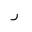
Letter: _ra